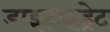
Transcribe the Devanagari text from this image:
डाइहाइड्रेट